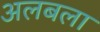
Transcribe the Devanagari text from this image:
अलबला